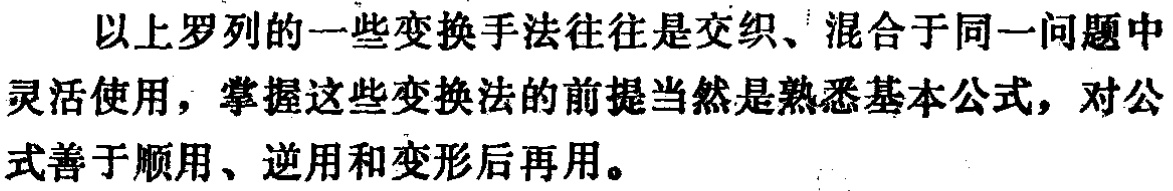
以上罗列的一些变换手法往往是交织、混合于同一问题中灵活使用，掌握这些变换法的前提当然是熟悉基本公式，对公式善于顺用、逆用和变形后再用。